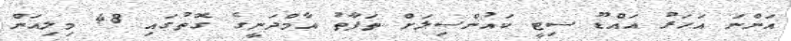
އަންނަ އަހަރު އައްޑޫ ސިޓީ ކައުންސިލަށް ތަފާތު އާމްދަނީގެ ގޮތުގައި 48 މިލިއަން